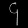
Digit: ၄